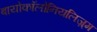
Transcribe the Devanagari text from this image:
बायोकॉलोनियलिज़्म